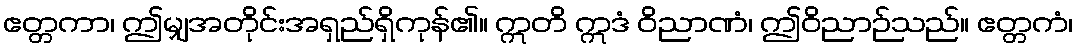
ဧတ္တကာ၊ ဤမျှအတိုင်းအရှည်ရှိကုန်၏။ ဣတိ ဣဒံ ဝိညာဏံ၊ ဤဝိညာဉ်သည်။ ဧတ္တကံ၊